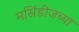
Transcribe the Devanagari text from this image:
मर्सिडीजच्या